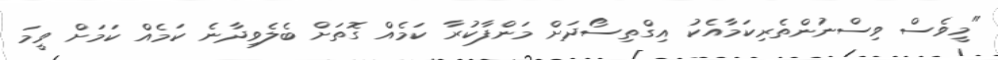
"މީވެސް ވިސްނުންތެރިކަމާއެކު އިގްތިސޯދަށް މަންފާކުރާ ކަމެއް ގޮތަށް ބެލެވިދާނެ ކަމެއް ކަމަށް ވީމަ